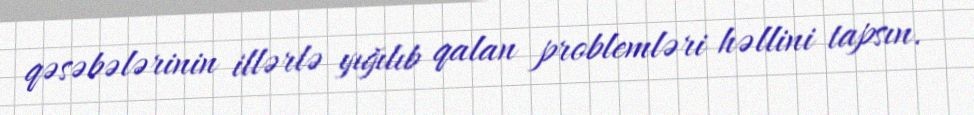
qəsəbələrinin illərlə yığılıb qalan problemləri həllini tapsın.